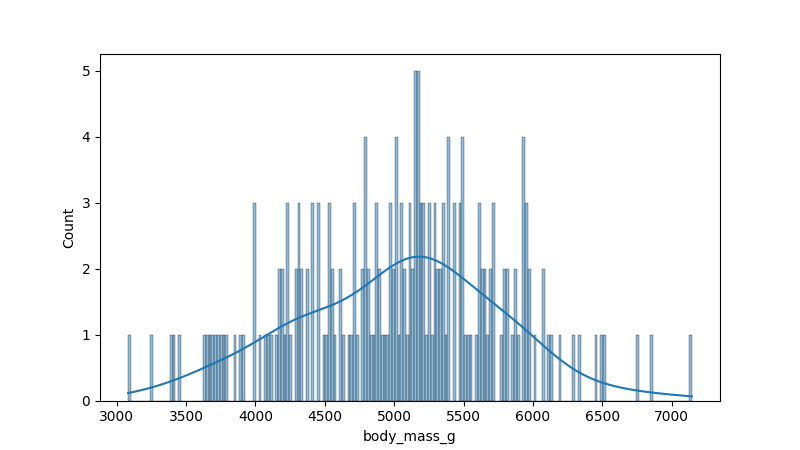
python, seaborn, histplot, hue='all', binwidth=20, bins='auto', element='bars'